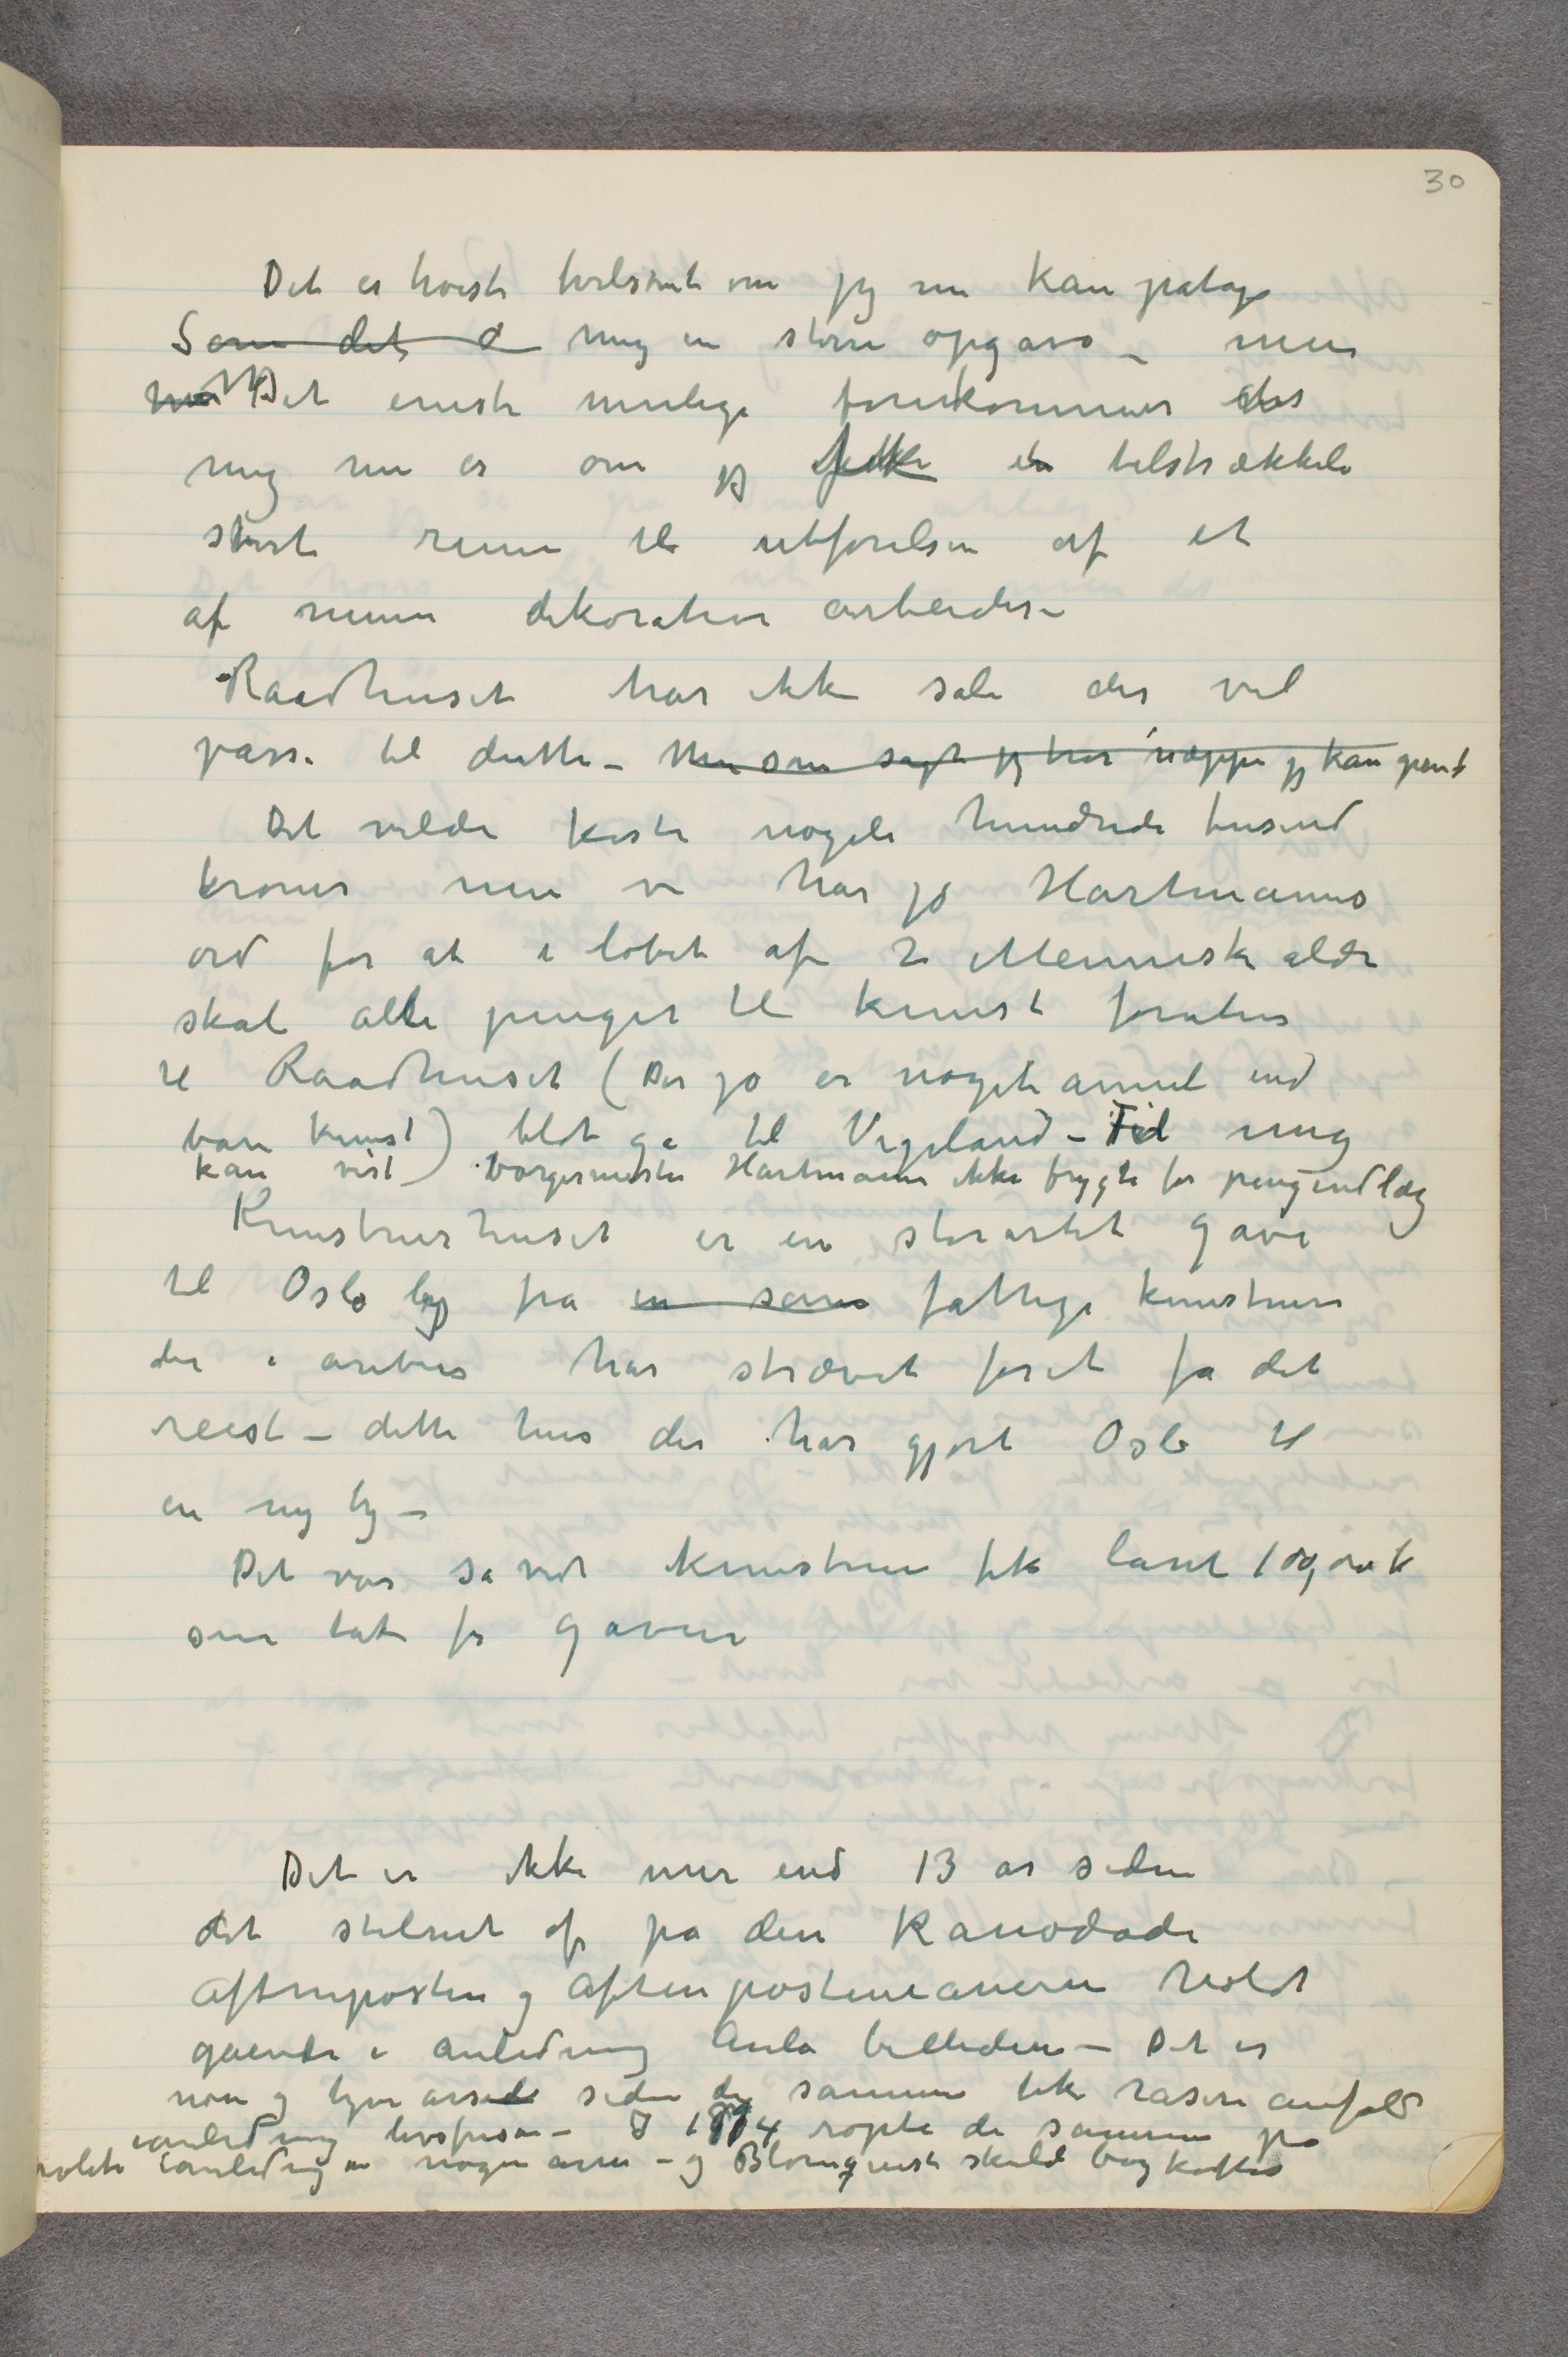
Det er høist tvilsomt om jeg nu kan påtage
Som det  d  mig en større opgave – men
h …  Det eneste mulige forekommer det
mig nu er om jeg fik en tilstrækkeli
stort rum til utførelsen af et
af mine dekorative arbeider –
Raadhuset har ikke sale der vil
passe til dette – Men som sagt jeg tror næppe jeg kan  … 
Det vilde koste nogele hundrede tusind
kroner men vi har jo Hartmanns
ord for at i løbet af 2 Menneskealdre
skal alle penger til kunst foruten
til Raadhuset (Der jo er noget annet end
bare kunst!) blot gå til Vigeland – Til mig
kan vist borgermester Hartmann ikke frygte for pengeudlæg
Kunstnerhuset er en storartet gave
til Oslo by fra en sam fattige kunstnere
der i årevis har strævet forat få det
reist – dette hus der har gjort Oslo til
en ny by –
Det var såvidt kunstnerne fik lånt 100,00 kr
som tak for gaven
Det er ikke mer end 13 år siden
det stilnet af på den Kanodade
Aftenposten og Aftepostenianerne holdt
gående i anledning Aula billedene – Det er
noen og tyve årside siden de samme fik raserianfald
ianledning livsfrisen – I 1904 ropte de samme på
politi ianledning en nøgen arm – og Blomquist skulde boykottes